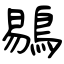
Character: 鶍